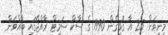
މިނިވަން 25 އާ ގުޅިގެން 1990 ގެ ސާކް ސަމިޓް ރާއްޖޭގައި ބާއްވަން